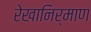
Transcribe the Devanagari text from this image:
रेखानिर्माण